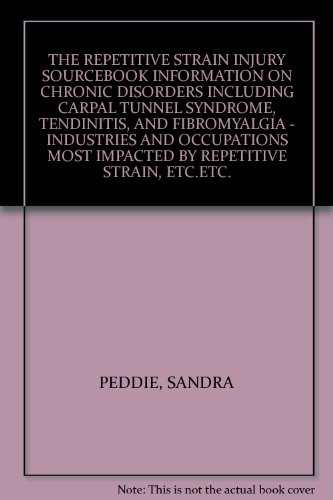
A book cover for THE REPETITIVE STRAIN INJURY SOURCEBOOK INFORMATION ON CHRONIC DISORDERS INCLUDING CARPAL TUNNEL SYNDROME, TENDINITIS, AND FIBROMYALGIA - INDUSTRIES AND OCCUPATIONS MOST IMPACTED BY REPETITIVE STRAIN, ETC.ETC.; SANDRA PEDDIE; Health, Fitness & Dieting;